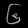
Digit: ၆